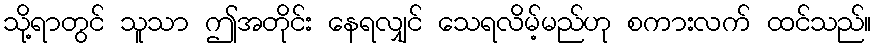
သို့ရာတွင် သူသာ ဤအတိုင်း နေရလျှင် သေရလိမ့်မည်ဟု စကားလက် ထင်သည်။